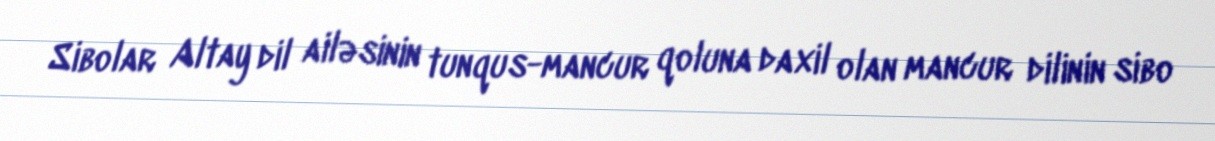
Sibolar Altay dil ailəsinin tunqus-mancur qoluna daxil olan mancur dilinin sibo